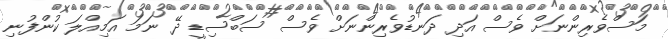
މަސްވެރިންނަށް ވެސް އަދި ދަނޑުވެރިންނަށް ވެސް ސަބްސިޑީ ދޭ ނަމަ އަމިއްލަ ކުންފުނި